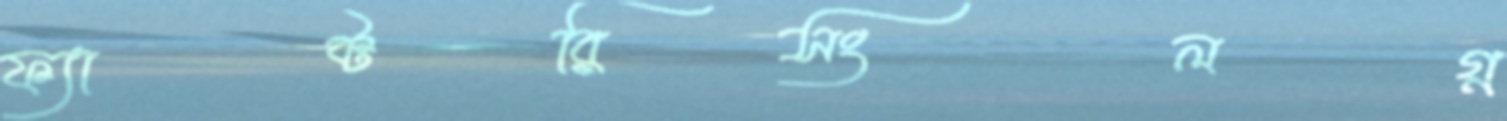
ফ্যাক্টরিসংলগ্ন